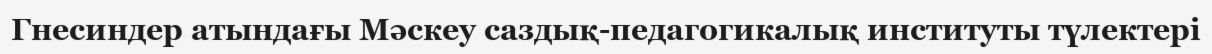
Гнесиндер атындағы Мәскеу саздық-педагогикалық институты түлектері